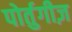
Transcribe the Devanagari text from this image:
पोर्तुगीज़